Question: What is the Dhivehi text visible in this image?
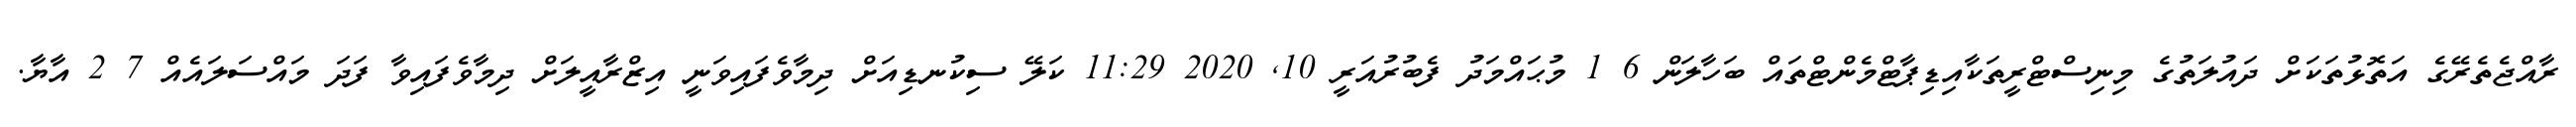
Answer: ރާއްޖެތެރޭގެ އަތޮޅުތަކަށް ދައުލަތުގެ މިނިސްޓްރީތަކާއިޑިޕާޓްމެންޓްތައް ބަހާލަން 6 1 މުޙައްމަދު ފެބުރުއަރީ 10, 2020 11:29 ކަލޭ ސިކުނޑިއަށް ދިމާވެފައިވަނީ އިޒްރާއީލަށް ދިމާވެފައިވާ ފަދަ މައްސަލައެއް 7 2 އާޔާ.